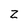
Character: z